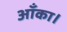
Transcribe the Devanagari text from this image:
आँका।